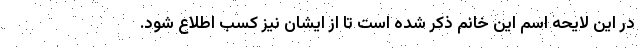
در این لایحه اسم این خانم ذکر شده است تا از ایشان نیز کسب اطلاع شود.